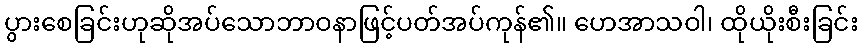
ပွားစေခြင်းဟုဆိုအပ်သောဘာဝနာဖြင့်ပတ်အပ်ကုန်၏။ ဟေအာသဝါ၊ ထိုယိုးစီးခြင်း